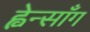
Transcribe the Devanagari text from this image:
ह्वेन्साँग